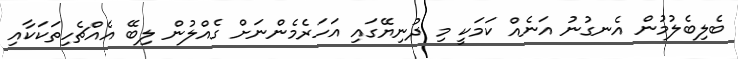
ބެލިބެލުމުން އެނގުނު އަނެއް ކަމަކީ މި ދުނިޔޭގައި އަހަރެމެންނަށް ގެއްލުން ލިބޭ އެއްޗެހިތަކަކާއި